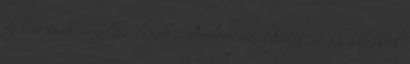
fehér szekrényhez lépek, eltolom az ajtaját, és az aljából